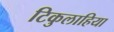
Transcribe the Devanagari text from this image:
टिकुलाहिया